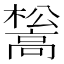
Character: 𮪺